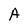
Character: A